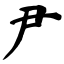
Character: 尹